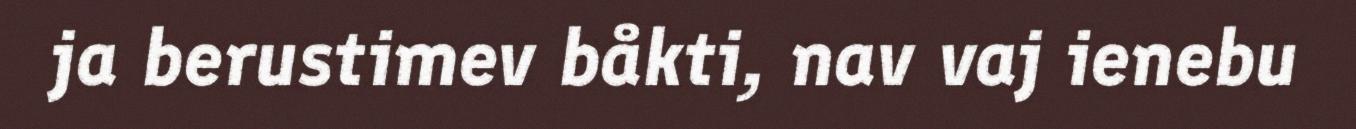
ja berustimev båkti, nav vaj ienebu